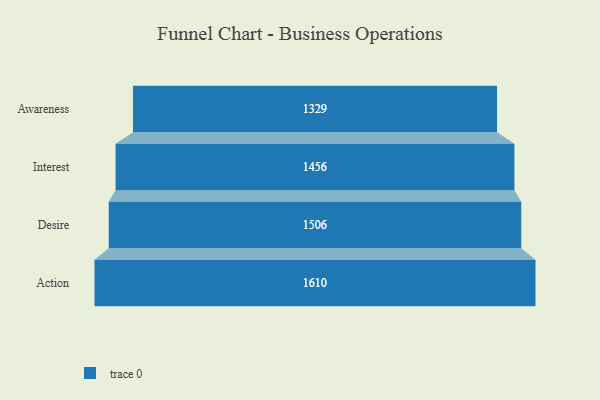
{"axis": {"x": "Stage", "y": "Value"}, "legend": [""], "data": [{"x": "Awareness", "y": 1329.0, "type": ""}, {"x": "Interest", "y": 1456.0, "type": ""}, {"x": "Desire", "y": 1506.0, "type": ""}, {"x": "Action", "y": 1610.0, "type": ""}]}